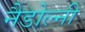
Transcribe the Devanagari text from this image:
नैडोल्नी